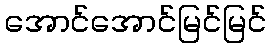
အောင်အောင်မြင်မြင်